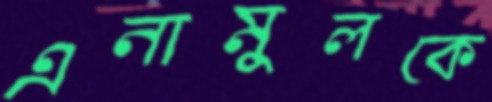
এনামুলকে